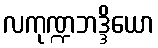
လကုဏ္ဍဘဒ္ဒိယော